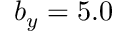
b _ { y } = 5 . 0